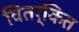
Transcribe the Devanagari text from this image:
वितर्कित